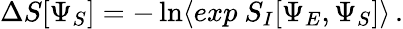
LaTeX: \Delta S[\Psi_{S}]=-\ln\langle exp~S_{I}[\Psi_{E},\Psi_{S}]\rangle\, .